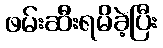
ဖမ်းဆီးရမိခဲ့ပြီး